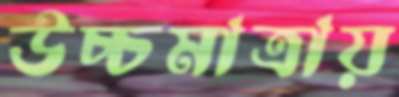
উচ্চমাত্রায়